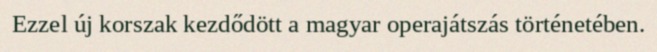
Ezzel új korszak kezdődött a magyar operajátszás történetében.